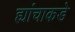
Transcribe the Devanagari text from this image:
ह्यांचाकडे